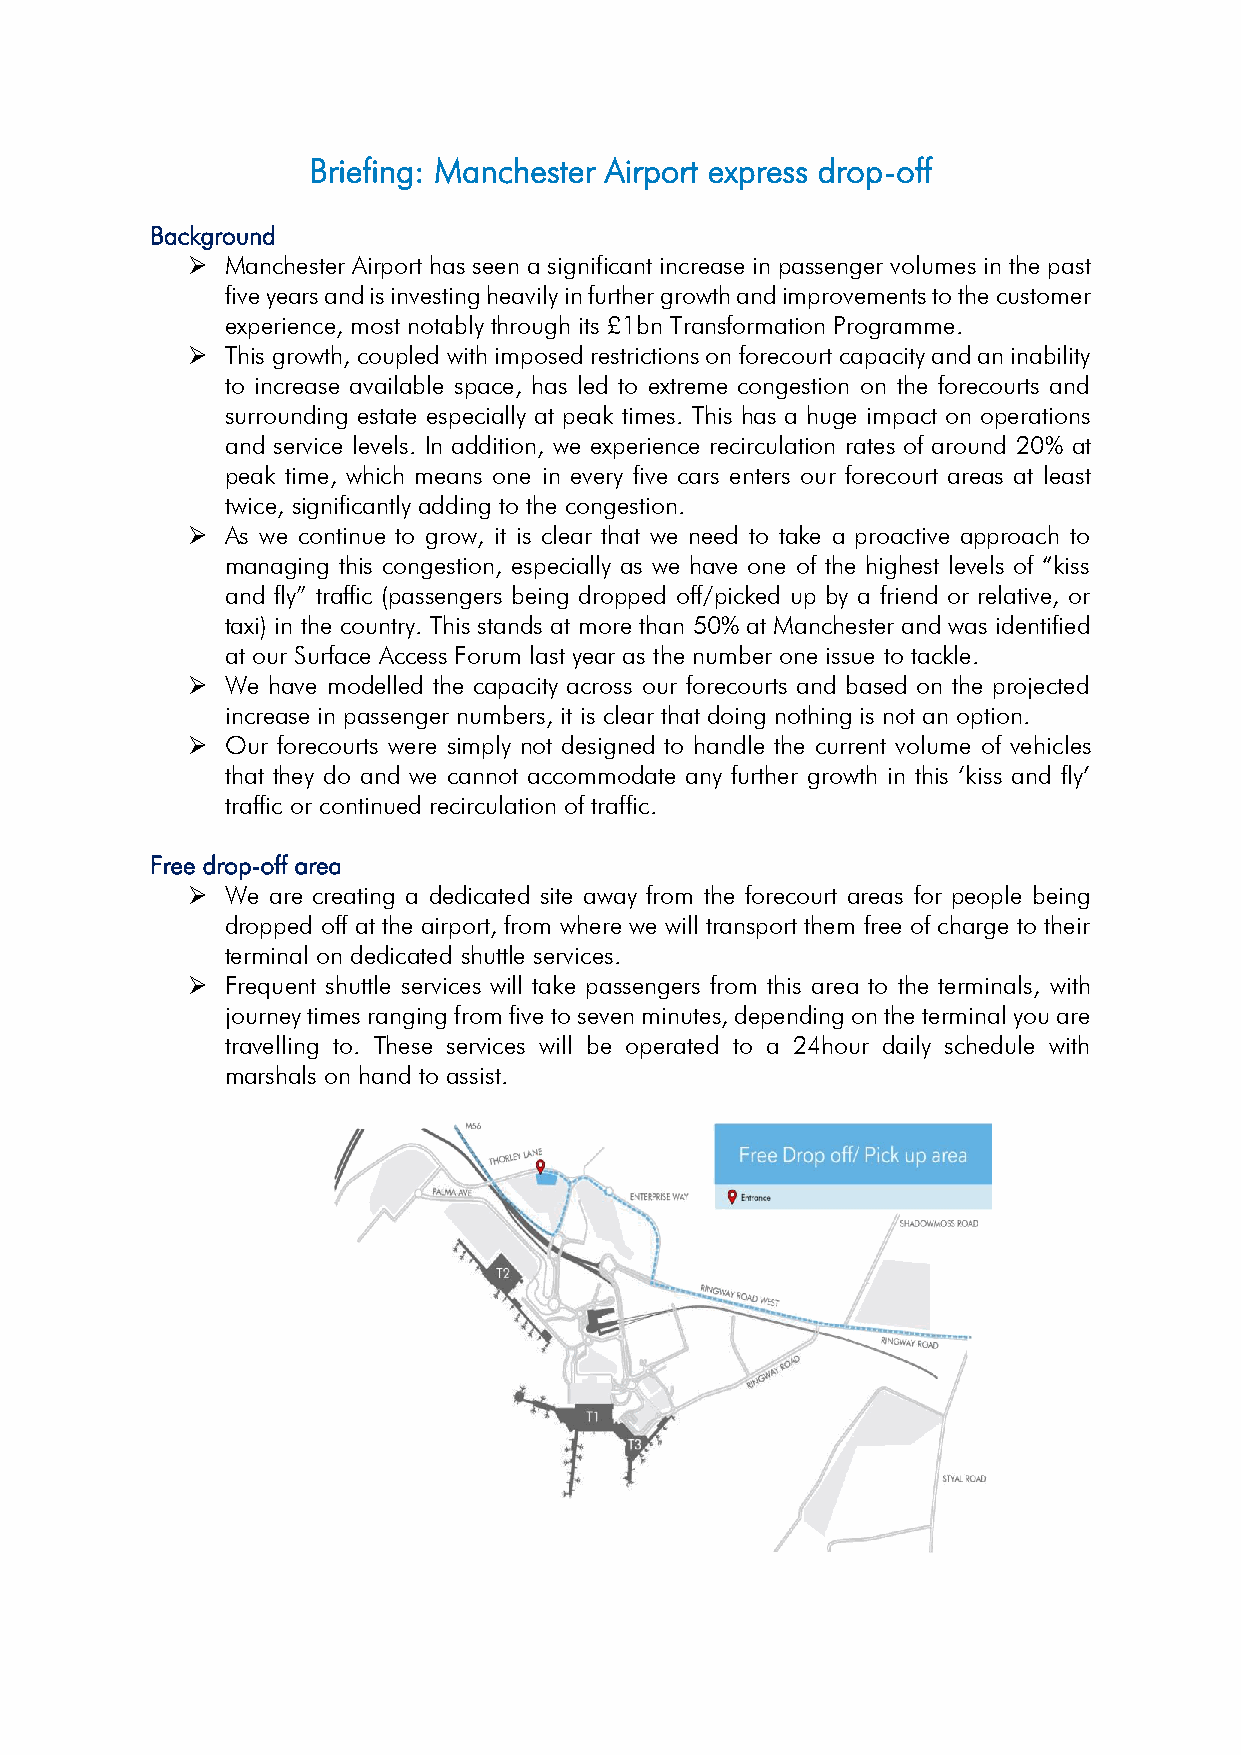
Briefing: Manchester Airport express drop-off
 Background
 ➢  Manchester Airport has seen a significant increase in passenger volumes in the past
 five years and is investing heavily in further growth and improvements to the customer
 experience, most notably through its £1bn Transformation Programme.
 ➢  This growth, coupled with imposed restrictions on forecourt capacity and an inability
 to increase available space, has led to extreme congestion on the forecourts and
 surrounding estate especially at peak times. This has a huge impact on operations
 and service levels. In addition, we experience recirculation rates of around 20% at
 peak time, which means one in every five cars enters our forecourt areas at least
 twice, significantly adding to the congestion.
 ➢  As we continue to grow, it is clear that we need to take a proactive approach to
 managing this congestion, especially as we have one of the highest levels of “kiss
 and fly” traffic (passengers being dropped off/picked up by a friend or relative, or
 taxi) in the country. This stands at more than 50% at Manchester and was identified
 at our Surface Access Forum last year as the number one issue to tackle.
 ➢  We have modelled the capacity across our forecourts and based on the projected
 increase in passenger numbers, it is clear that doing nothing is not an option.
 ➢  Our forecourts were simply not designed to handle the current volume of vehicles
 that they do and we cannot accommodate any further growth in this ‘kiss and fly’
 traffic or continued recirculation of traffic.
 Free drop-off area
 ➢  We are creating a dedicated site away from the forecourt areas for people being
 dropped off at the airport, from where we will transport them free of charge to their
 terminal on dedicated shuttle services.
 ➢  Frequent shuttle services will take passengers from this area to the terminals, with
 journey times ranging from five to seven minutes, depending on the terminal you are
 travelling to. These services will be operated to a 24hour daily schedule with
 marshals on hand to assist.